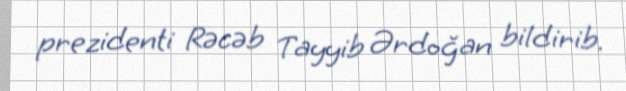
prezidenti Rəcəb Tayyib Ərdoğan bildirib.